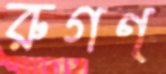
রুগণ্